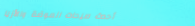
أحدث صيحات الموضة والأزيا